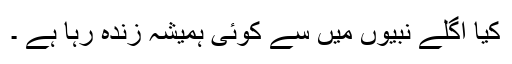
کیا اگلے نبیوں میں سے کوئی ہمیشہ زندہ رہا ہے ۔